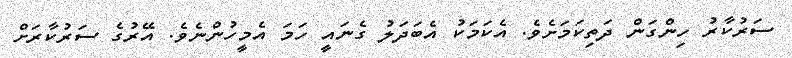
ސަރުކާރު ހިންގަން ދަތިކަމަށެވެ. އެކަމަކު އެބަދަލު ގެނައީ ހަމަ އެމީހުންނެވެ. އޭރުގެ ސަރުކާރަށް